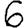
Digit: 6